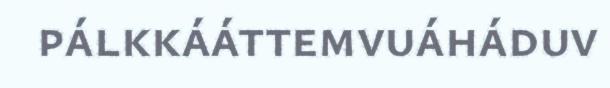
pálkkááttemvuáháduv